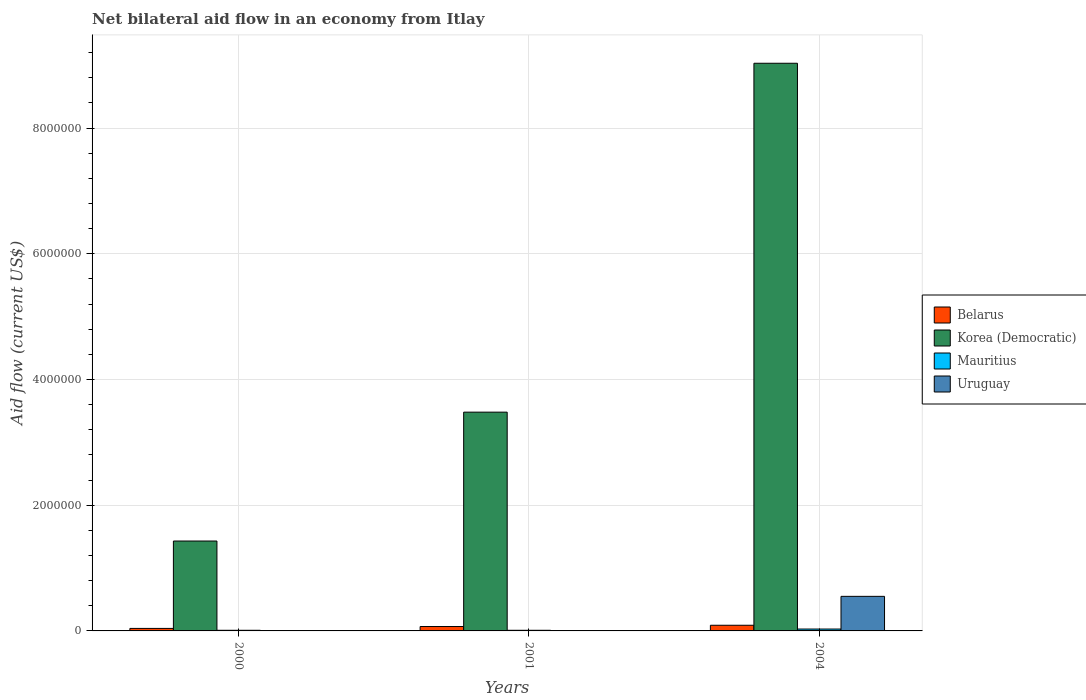
| Years | Belarus | Korea (Democratic) | Mauritius | Uruguay |
 | --- | --- | --- | --- | --- |
 | 2000 | 4e+04 | 1.43e+06 | 1e+04 | -1.98e+06 |
 | 2001 | 7e+04 | 3.48e+06 | 1e+04 | -2.06e+06 |
 | 2004 | 9e+04 | 9.03e+06 | 3e+04 | 5.5e+05 |